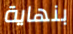
بنهاية